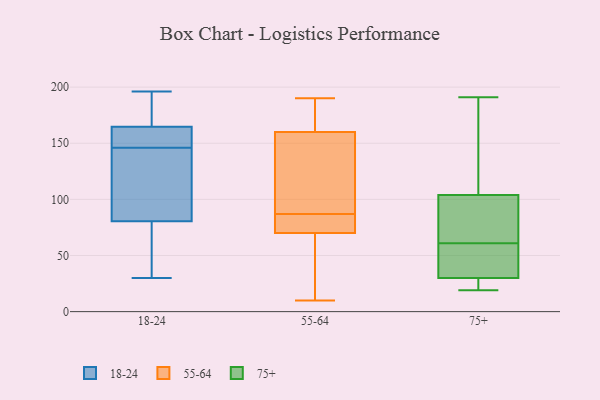
{"axis": {"x": "Population (Million)", "y": "Value"}, "legend": ["18-24", "55-64", "75+"], "data": [{"x": "", "y": 76, "type": "18-24"}, {"x": "", "y": 92, "type": "18-24"}, {"x": "", "y": 30, "type": "18-24"}, {"x": "", "y": 82, "type": "18-24"}, {"x": "", "y": 196, "type": "18-24"}, {"x": "", "y": 151, "type": "18-24"}, {"x": "", "y": 196, "type": "18-24"}, {"x": "", "y": 155, "type": "18-24"}, {"x": "", "y": 41, "type": "18-24"}, {"x": "", "y": 194, "type": "18-24"}, {"x": "", "y": 146, "type": "18-24"}, {"x": "", "y": 153, "type": "18-24"}, {"x": "", "y": 126, "type": "18-24"}, {"x": "", "y": 119, "type": "55-64"}, {"x": "", "y": 50, "type": "55-64"}, {"x": "", "y": 83, "type": "55-64"}, {"x": "", "y": 160, "type": "55-64"}, {"x": "", "y": 120, "type": "55-64"}, {"x": "", "y": 118, "type": "55-64"}, {"x": "", "y": 86, "type": "55-64"}, {"x": "", "y": 190, "type": "55-64"}, {"x": "", "y": 87, "type": "55-64"}, {"x": "", "y": 176, "type": "55-64"}, {"x": "", "y": 80, "type": "55-64"}, {"x": "", "y": 21, "type": "55-64"}, {"x": "", "y": 187, "type": "55-64"}, {"x": "", "y": 30, "type": "55-64"}, {"x": "", "y": 164, "type": "55-64"}, {"x": "", "y": 10, "type": "55-64"}, {"x": "", "y": 70, "type": "55-64"}, {"x": "", "y": 87, "type": "55-64"}, {"x": "", "y": 26, "type": "75+"}, {"x": "", "y": 181, "type": "75+"}, {"x": "", "y": 191, "type": "75+"}, {"x": "", "y": 57, "type": "75+"}, {"x": "", "y": 113, "type": "75+"}, {"x": "", "y": 65, "type": "75+"}, {"x": "", "y": 95, "type": "75+"}, {"x": "", "y": 34, "type": "75+"}, {"x": "", "y": 85, "type": "75+"}, {"x": "", "y": 25, "type": "75+"}, {"x": "", "y": 19, "type": "75+"}, {"x": "", "y": 38, "type": "75+"}]}